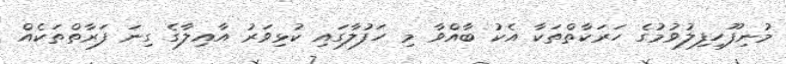
މުނިފޫހިފިލުވުމުގެ ހަރަކާތްތަކާ އެކު ބާއްވާ މި ހަފުލާގައި ކުޅިވަރު އާއިލާގެ ގިނަ ފަރާތްތަކެއް